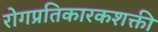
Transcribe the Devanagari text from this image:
रोगप्रतिकारकशक्ती